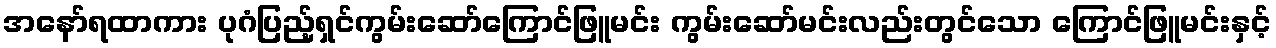
အနော်ရထာကား ပုဂံပြည့်ရှင်ကွမ်းဆော်ကြောင်ဖြူမင်း ကွမ်းဆော်မင်းလည်းတွင်သော ကြောင်ဖြူမင်းနှင့်